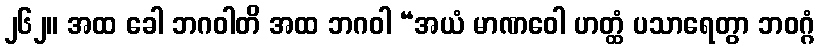
၂၆၂။ အထ ခေါ ဘဂဝါတိ အထ ဘဂဝါ “အယံ မာဏဝေါ ဟတ္ထံ ပသာရေတွာ ဘဝဂ္ဂံ